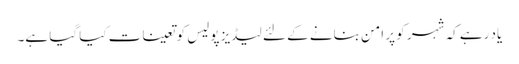
یاد رہے کہ شہر کو پر امن بنانے کے لئے لیڈیز پولیس کو تعینات کیا گیا ہے۔